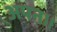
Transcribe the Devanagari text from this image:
अपन।।